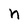
Character: n